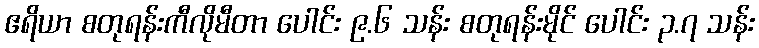
ဧရိယာ စတုရန်းကီလိုမီတာ ပေါင်း ၉.၆ သန်း စတုရန်းမိုင် ပေါင်း ၃.၇ သန်း